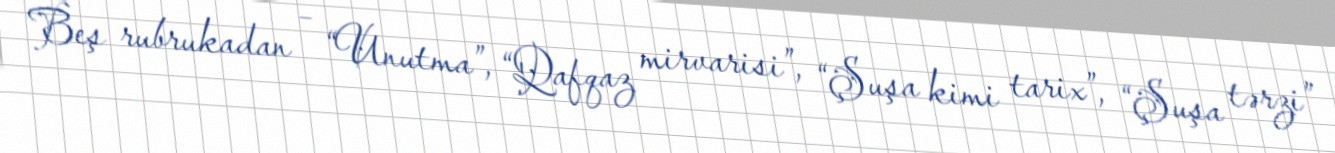
Beş rubrukadan – “Unutma”, “Qafqaz mirvarisi”, “Şuşa kimi tarix”, “Şuşa tərzi”